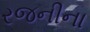
રજનીના